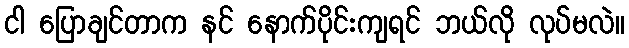
ငါ ပြောချင်တာက နင် နောက်ပိုင်းကျရင် ဘယ်လို လုပ်မလဲ။